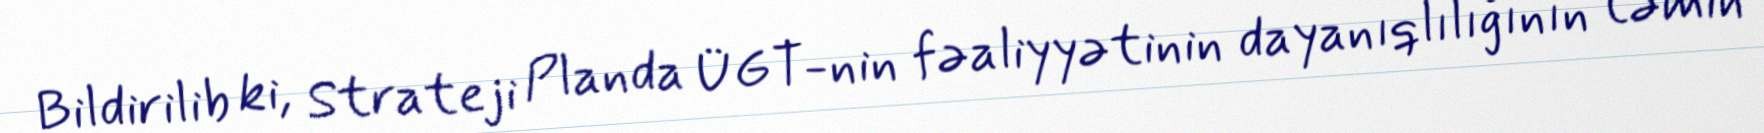
Bildirilib ki, Strateji Planda ÜGT-nin fəaliyyətinin dayanıqlılığının təmin